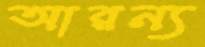
আরন্য